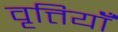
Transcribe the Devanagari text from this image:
वृत्तियॉँ